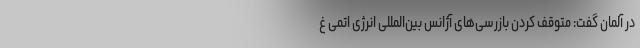
در آلمان گفت: متوقف کردن بازرسی‌های آژانس بین‌المللی انرژی اتمی غ